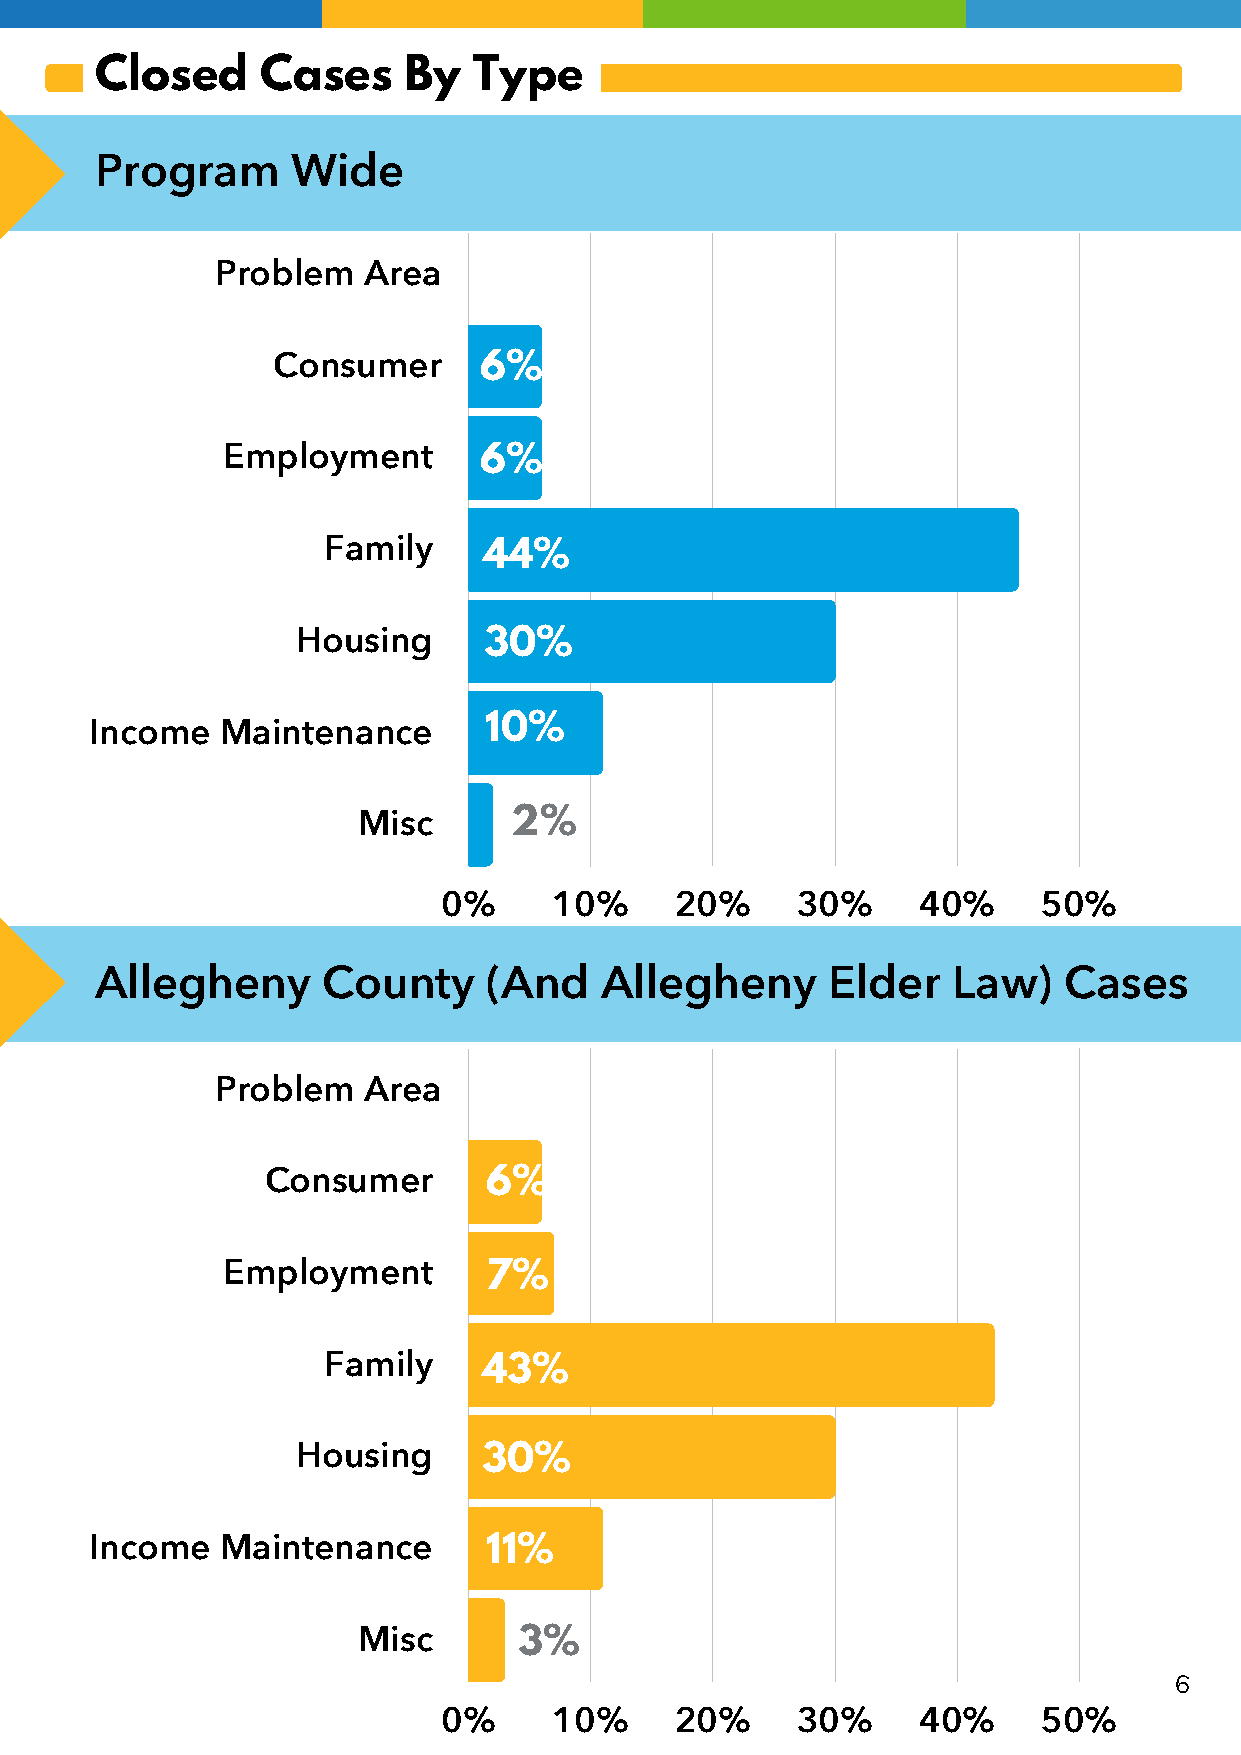
Closed     Cases     By  Type
 Program      Wide
 Problem   Area
 Consumer      6%
 Employment       6%
 Family     44%
 3.3%               1.8%
 Housing     30%
 6.2%               8.6%
 6.7%
 Income   Maintenance      10%
 35.7%
 Misc      2%
 52.9%                    54%
 0%      10%     20%     30%     40%     50%
 Allegheny      County     (And    Allegheny      Elder   Law)   Cases
 Problem   Area
 Consumer      6%
 Employment       7%
 28.6%
 Family     43%
 Housing     30%
 Income   Maintenance      11%
 Misc      3%
 6
 0%      10%     20%     30%     40%     50%